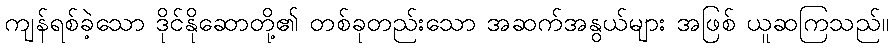
ကျန်ရစ်ခဲ့သော ဒိုင်နိုဆောတို့၏ တစ်ခုတည်းသော အဆက်အနွယ်များ အဖြစ် ယူဆကြသည်။